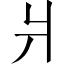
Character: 爿